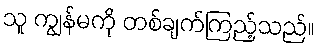
သူ ကျွန်မကို တစ်ချက်ကြည့်သည်။